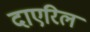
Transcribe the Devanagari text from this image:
दाएरिल